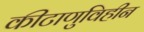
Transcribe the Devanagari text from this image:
कीटाणुविहीन